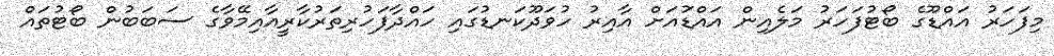
މިފަހަރު އައްޑޫގެ ބޯޓުފަހަރު މަލެއިން އައްޑުައަށް އާއިރު ހުވަދޫކަނޑުގައި ހައްދާފަހުރިތަރުކާރީއާއިމޭވާގެ ސަބަބުން ބޯޓުތައް